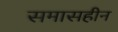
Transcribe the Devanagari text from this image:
समासहीन